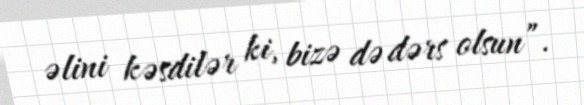
əlini kəsdilər ki, bizə də dərs olsun”.